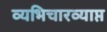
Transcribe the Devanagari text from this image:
व्यभिचारव्याप्त